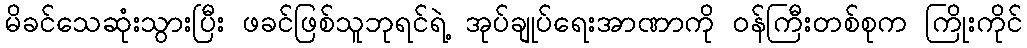
မိခင်သေဆုံးသွားပြီး ဖခင်ဖြစ်သူဘုရင်ရဲ့ အုပ်ချုပ်ရေးအာဏာကို ဝန်ကြီးတစ်စုက ကြိုးကိုင်